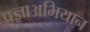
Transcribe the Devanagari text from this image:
प्रज्ञाअभियान